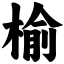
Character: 榆